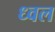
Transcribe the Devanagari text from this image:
ध्वल